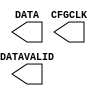
// $Header: /devl/xcs/repo/env/Databases/CAEInterfaces/xec_libs/data/unisims/USR_ACCESS_VIRTEX5.v,v 1.1 2007/05/02 17:37:39 vandanad Exp $
///////////////////////////////////////////////////////////////////////////////
// Copyright (c) 1995/2006 Xilinx, Inc.
// All Right Reserved.
///////////////////////////////////////////////////////////////////////////////
//   ____  ____
//  /   /\/   /
// /___/  \  /    Vendor : Xilinx
// \   \   \/     Version : 8.2i
//  \   \         Description : Xilinx Formal Verification Library Component
//  /   /
// /___/   /\     Filename : USR_ACCESS_VIRTEX5.v
// \   \  /  \    Timestamp : Wed Jun  7 16:13:41 PDT 2006
//  \___\/\___\
//
// Revision:
//    06/07/06 - Initial version.
// End Revision

`timescale 1 ps / 1 ps 

module USR_ACCESS_VIRTEX5 (
        CFGCLK,
	DATA,
	DATAVALID
);

    output CFGCLK;
    output DATAVALID;
    output [31:0] DATA;

endmodule